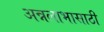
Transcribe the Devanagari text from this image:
अन्नलाभासाठी